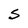
Character: S